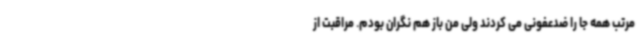
مرتب همه جا را ضدعفونی می کردند ولی من باز هم نگران بودم. مراقبت از